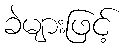
ခဲများဖြင့်